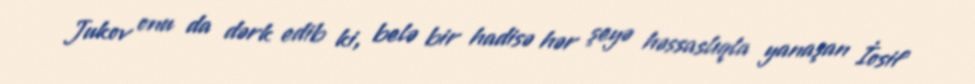
Jukov onu da dərk edib ki, belə bir hadisə hər şeyə həssaslıqla yanaşan İosif